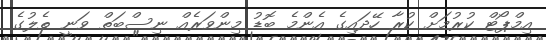
އިމްޕޯޓް ކުރުމަށް ކުރާ ހޭދައިގެ އެންމެ ބޮޑު މިންވަރެއް ނިސްބަތް ވަނީ ތެލުގެ